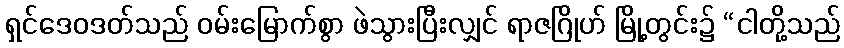
ရှင်ဒေဝဒတ်သည် ဝမ်းမြောက်စွာ ဖဲသွားပြီးလျှင် ရာဇဂြိုဟ် မြို့တွင်း၌ “ငါတို့သည်